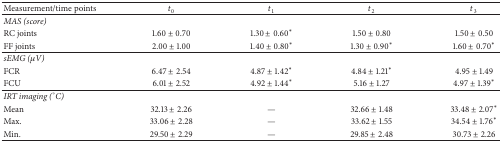
<table><thead><tr><td><b>Measurement/time points</b></td><td><b><i>t</i><sub>0</sub></b></td><td><b><i>t</i><sub>1</sub></b></td><td><b><i>t</i><sub>2</sub></b></td><td><b><i>t</i><sub>3</sub></b></td></tr></thead><tbody><tr><td><i>MAS (score)</i></td><td> </td><td> </td><td> </td><td> </td></tr><tr><td>RC joints</td><td>1.60 ± 0.70</td><td>1.30 ± 0.60<sup><i>∗</i></sup></td><td>1.50 ± 0.80</td><td>1.50 ± 0.50</td></tr><tr><td>FF joints</td><td>2.00 ± 1.00</td><td>1.40 ± 0.80<sup><i>∗</i></sup></td><td>1.30 ± 0.90<sup><i>∗</i></sup></td><td>1.60 ± 0.70<sup><i>∗</i></sup></td></tr><tr><td><i>sEMG (μV)</i></td><td> </td><td> </td><td> </td><td> </td></tr><tr><td>FCR</td><td>6.47 ± 2.54</td><td>4.87 ± 1.42<sup><i>∗</i></sup></td><td>4.84 ± 1.21<sup><i>∗</i></sup></td><td>4.95 ± 1.49</td></tr><tr><td>FCU</td><td>6.01 ± 2.52</td><td>4.92 ± 1.44<sup><i>∗</i></sup></td><td>5.16 ± 1.27</td><td>4.97 ± 1.39<sup><i>∗</i></sup></td></tr><tr><td><i>IRT imaging (</i>°<i>C)</i></td><td> </td><td> </td><td> </td><td> </td></tr><tr><td>Mean</td><td>32.13 ± 2.26</td><td>—</td><td>32.66 ± 1.48</td><td>33.48 ± 2.07<sup><i>∗</i></sup></td></tr><tr><td>Max.</td><td>33.06 ± 2.28</td><td>—</td><td>33.62 ± 1.55</td><td>34.54 ± 1.76<sup><i>∗</i></sup></td></tr><tr><td>Min.</td><td>29.50 ± 2.29</td><td>—</td><td>29.85 ± 2.48</td><td>30.73 ± 2.26</td></tr></tbody></table>